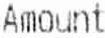
AMOUNT